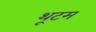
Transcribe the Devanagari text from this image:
थूटम